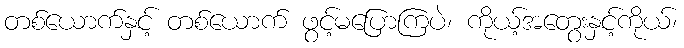
တစ်ယောက်နှင့် တစ်ယောက် ဖွင့်မပြောကြပဲ၊ ကိုယ့်အတွေးနှင့်ကိုယ်၊